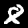
Digit: 8